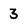
Character: 3